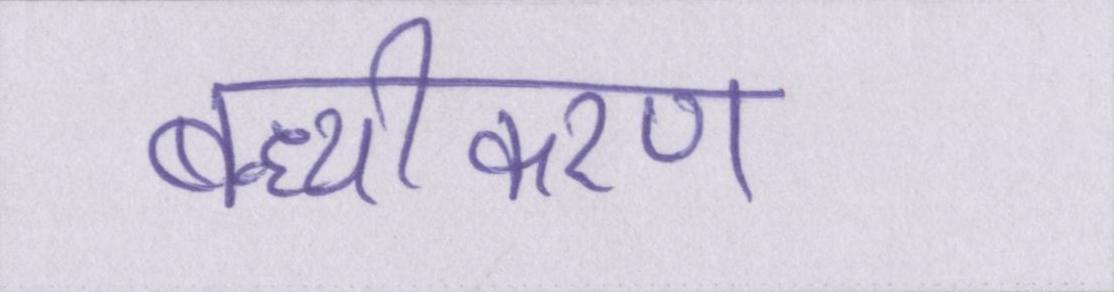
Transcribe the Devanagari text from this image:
बन्ध्यीकरण